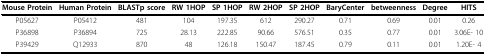
<table><thead><tr><td><b>Mouse Protein</b></td><td><b>Human Protein</b></td><td><b>BLASTp score</b></td><td><b>RW 1HOP</b></td><td><b>SP 1HOP</b></td><td><b>RW 2HOP</b></td><td><b>SP 2HOP</b></td><td><b>BaryCenter</b></td><td><b>betweenness</b></td><td><b>Degree</b></td><td><b>HITS</b></td></tr></thead><tbody><tr><td>P05627</td><td>P05412</td><td>481</td><td>104</td><td>197.35</td><td>612</td><td>290.27</td><td>0.71</td><td>0.69</td><td>0.01</td><td>0.26</td></tr><tr><td>P36898</td><td>P36894</td><td>725</td><td>28.13</td><td>222.85</td><td>90.66</td><td>576.51</td><td>0.35</td><td>0.77</td><td>0.01</td><td>3.06E- 10</td></tr><tr><td>P39429</td><td>Q12933</td><td>870</td><td>48</td><td>126.18</td><td>150.47</td><td>187.45</td><td>0.79</td><td>0.11</td><td>0.01</td><td>1.20E- 4</td></tr></tbody></table>